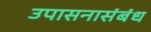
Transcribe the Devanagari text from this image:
उपासनासंबंध